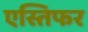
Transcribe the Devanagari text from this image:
एस्तिफर